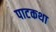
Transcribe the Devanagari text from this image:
पाटकथा